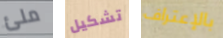
ملئ تشكيل بالإعتراف